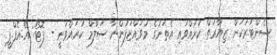
ސެންޓަރަކަށް ޒިޔާރަތް ކުރައްވައި އެތަނުގެ މުވައްޒަފުންނާ ސަލާމް ކުރައްވަނީ - ފޮޓޯ: އޭ.އެފް.ޕީ